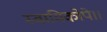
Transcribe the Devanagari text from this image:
स्वामिकोपे।।